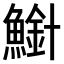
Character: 𫠍